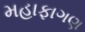
મહાફાગણ